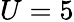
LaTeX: U=5